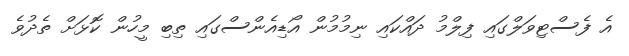
އެ ފެސްޓިވަލްގައި ފިލްމު ދައްކައި ނިމުމުން އޯޑިއެންސްގައި ތިބި މީހުން ކޮޅަށް ތެދުވެ